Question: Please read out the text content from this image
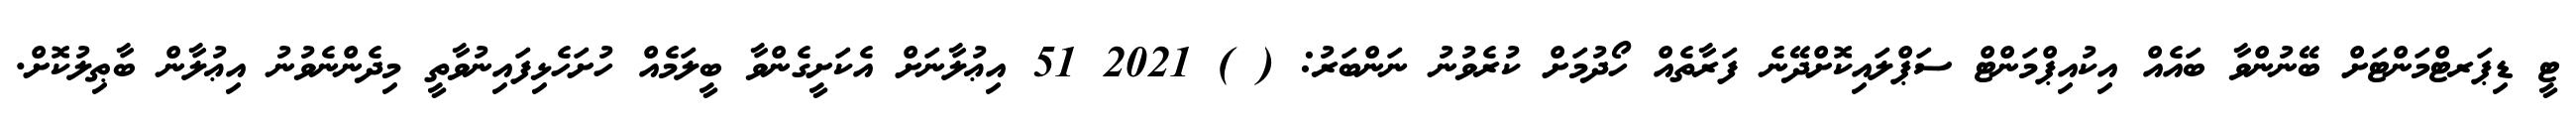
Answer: ޓީ ޑިޕަރޓްމަންޓަށް ބޭނުންވާ ބައެއް އިކުއިޕްމަންޓް ސަޕްލައިކޮށްދޭނެ ފަރާތެއް ހޯދުމަށް ކުރެވުނު ނަންބަރު: ( ) 2021 51 އިޢުލާނަށް އެކަށީގެންވާ ބީލަމެއް ހުށަހެޅިފައިނުވާތީ މިދެންނެވުނު އިޢުލާން ބާޠިލުކޮށް.